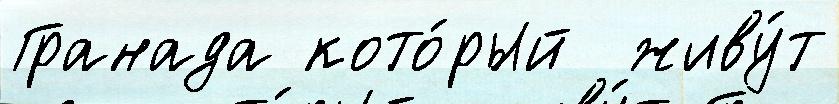
Гранада кото́рый  живу́т